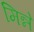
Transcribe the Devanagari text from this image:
मिन्ने